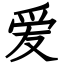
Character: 爱